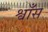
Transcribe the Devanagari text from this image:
श्वाँस